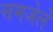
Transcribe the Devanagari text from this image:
समजेले